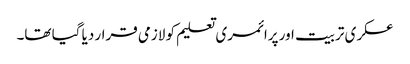
عسکری تربیت اور پرائمری تعلیم کو لازمی قرار دیا گیا تھا۔